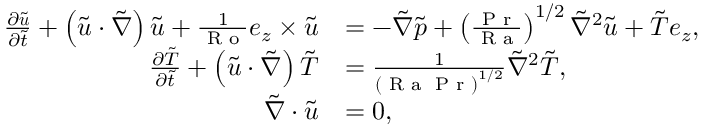
\begin{array} { r l } { \frac { \partial \tilde { \boldsymbol { u } } } { \partial \tilde { t } } + \left( \tilde { \boldsymbol { u } } \cdot \tilde { \boldsymbol { \nabla } } \right) \tilde { \boldsymbol { u } } + \frac { 1 } { \textrm { R o } } \boldsymbol { e } _ { z } \times \tilde { \boldsymbol { u } } } & { = - \tilde { \boldsymbol { \nabla } } \tilde { p } + \left( \frac { \textrm { P r } } { \textrm { R a } } \right) ^ { 1 / 2 } \tilde { \nabla } ^ { 2 } \tilde { \boldsymbol { u } } + \tilde { T } \boldsymbol { e } _ { z } , } \\ { \frac { \partial \tilde { T } } { \partial \tilde { t } } + \left( \tilde { \boldsymbol { u } } \cdot \tilde { \boldsymbol { \nabla } } \right) \tilde { T } } & { = \frac { 1 } { \left( \textrm { R a } \textrm { P r } \right) ^ { 1 / 2 } } \tilde { \nabla } ^ { 2 } \tilde { T } , } \\ { \tilde { \boldsymbol { \nabla } } \cdot \tilde { \boldsymbol { u } } } & { = 0 , } \end{array}